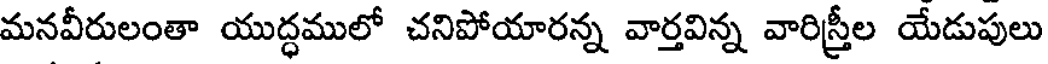
మనవీరులంతా యుద్ధములో చనిపోయారన్న వార్తవిన్న వారిస్త్రీల యేడుపులు